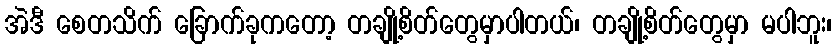
အဲဒီ စေတသိက် ခြောက်ခုကတော့ တချို့စိတ်တွေမှာပါတယ်၊ တချို့စိတ်တွေမှာ မပါဘူး၊